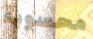
محسوبة